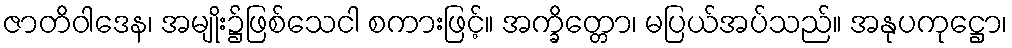
ဇာတိဝါဒေန၊ အမျိုး၌ဖြစ်သေငါ စကားဖြင့်။ အက္ခိတ္တော၊ မပြယ်အပ်သည်။ အနုပကုဋ္ဌော၊